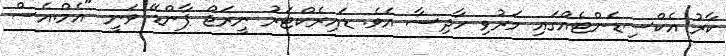
ކާރު އެކްސިޑެންޓެއްގައި މަރުވި ހާދިސާ އެވެ. ޑައިރެކްޓަރު ނީރަޖް ޕާންޑޭ ވަނީ "އެމް.އެސް